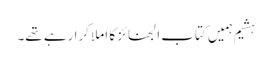
ہشیم ہمیں کتاب الجنائز کا املا کرا رہے تھے۔